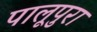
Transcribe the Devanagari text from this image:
पालूपुरा